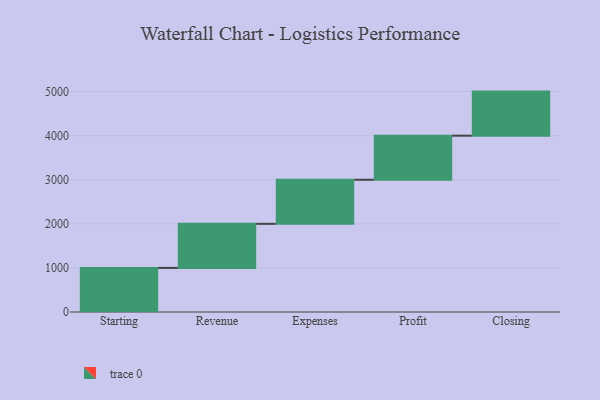
{"axis": {"x": "Step", "y": "Value"}, "legend": [""], "data": [{"x": "Starting", "y": 1000, "type": ""}, {"x": "Revenue", "y": 1000, "type": ""}, {"x": "Expenses", "y": 1000, "type": ""}, {"x": "Profit", "y": 1000, "type": ""}, {"x": "Closing", "y": 1000, "type": ""}]}